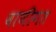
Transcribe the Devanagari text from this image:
वाणीगत